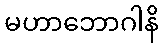
မဟာဘောဂါနိ